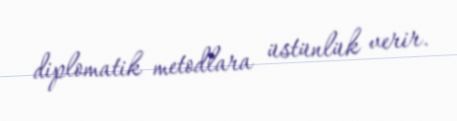
diplomatik metodlara üstünlük verir.